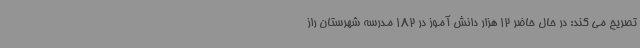
تصریح می کند: در حال حاضر 12 هزار دانش آموز در 182 مدرسه شهرستان راز